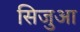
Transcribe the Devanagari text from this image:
सिजुआ